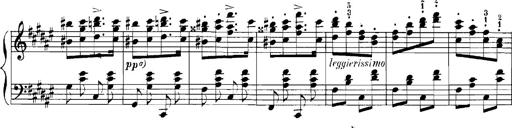
Title: Rhapsodies hongroises
Composer: Franz Liszt